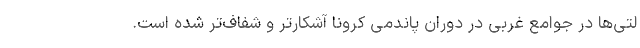
لتی‌ها در جوامع غربی در دوران پاندمی کرونا آشکارتر و شفاف‌تر شده است.